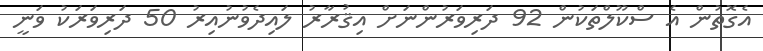
އެގޮތުން އެ ސްކޫލްތަކުން 92 ދަރިވަރުންނަށް އިޤުރާރު ލައިދެވުނުއިރު 50 ދަރިވަރަކު ވަނީ